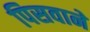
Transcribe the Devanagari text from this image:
पिसवाने